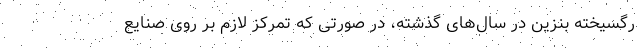
رگسیخته بنزین در سال‌های گذشته، در صورتی که تمرکز لازم بر روی صنایع